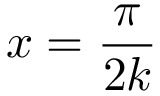
x = { \frac { \pi } { 2 k } }